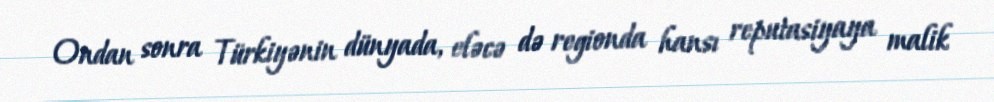
Ondan sonra Türkiyənin dünyada, eləcə də regionda hansı reputasiyaya malik